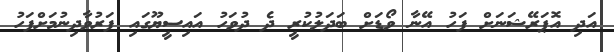
އަދި އޮޕަރޭޝަނަށް ފަހު އޭނާ ވޯޑަށް ބަދަލުކުރީ ދެ ދުވަހު އައިސީޔޫގައި ފަރުވާދިނުމަށްފަހު